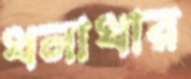
ধনাধার